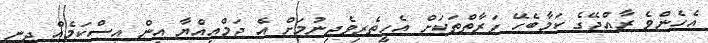
އެހެންވެ ރާއްޖޭގެ ކަމާބެހޭ ފަރާތްތަކަށް އެހީތެރިވެދިނުމަށް އެ ޖަމްއިއްޔާ އިން އިސްކަމެއް ދިނީ